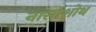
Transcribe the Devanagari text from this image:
नासाशोथ